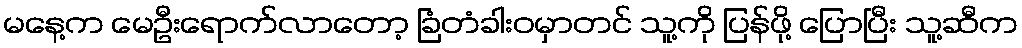
မနေ့က မေဦးရောက်လာတော့ ခြံတံခါးဝမှာတင် သူ့ကို ပြန်ဖို့ ပြောပြီး သူ့ဆီက